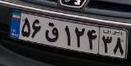
۵۶ق۱۲۴۳۸